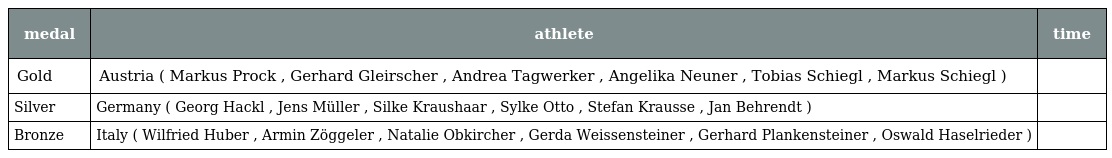
| medal | athlete | time |
 | --- | --- | --- |
 | Gold | Austria ( Markus Prock , Gerhard Gleirscher , Andrea Tagwerker , Angelika Neuner , Tobias Schiegl , Markus Schiegl ) |  |
 | Silver | Germany ( Georg Hackl , Jens Müller , Silke Kraushaar , Sylke Otto , Stefan Krausse , Jan Behrendt ) |  |
 | Bronze | Italy ( Wilfried Huber , Armin Zöggeler , Natalie Obkircher , Gerda Weissensteiner , Gerhard Plankensteiner , Oswald Haselrieder ) |  |